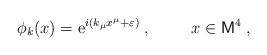
LaTeX: \begin{align*}\phi_k(x)=\mbox{e}^{i (k_\mu x^\mu + \varepsilon)}\;, \hspace{1cm}x \in {\sf M}^4\;, \end{align*}